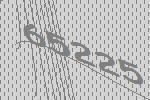
65225